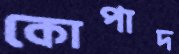
কোপাদ